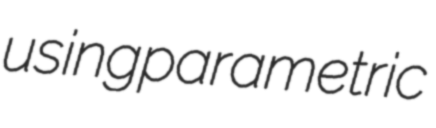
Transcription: using parametric